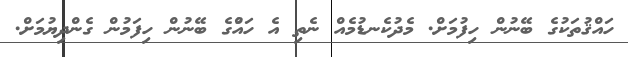
ހައްޤުތަކުގެ ބޭނުން ހިފުމަށް. މެދުކެނޑުމެއް ނެތި އެ ހައްްުގެ ބޭނުން ހިފަމުން ގެންދިޔުމަށް.